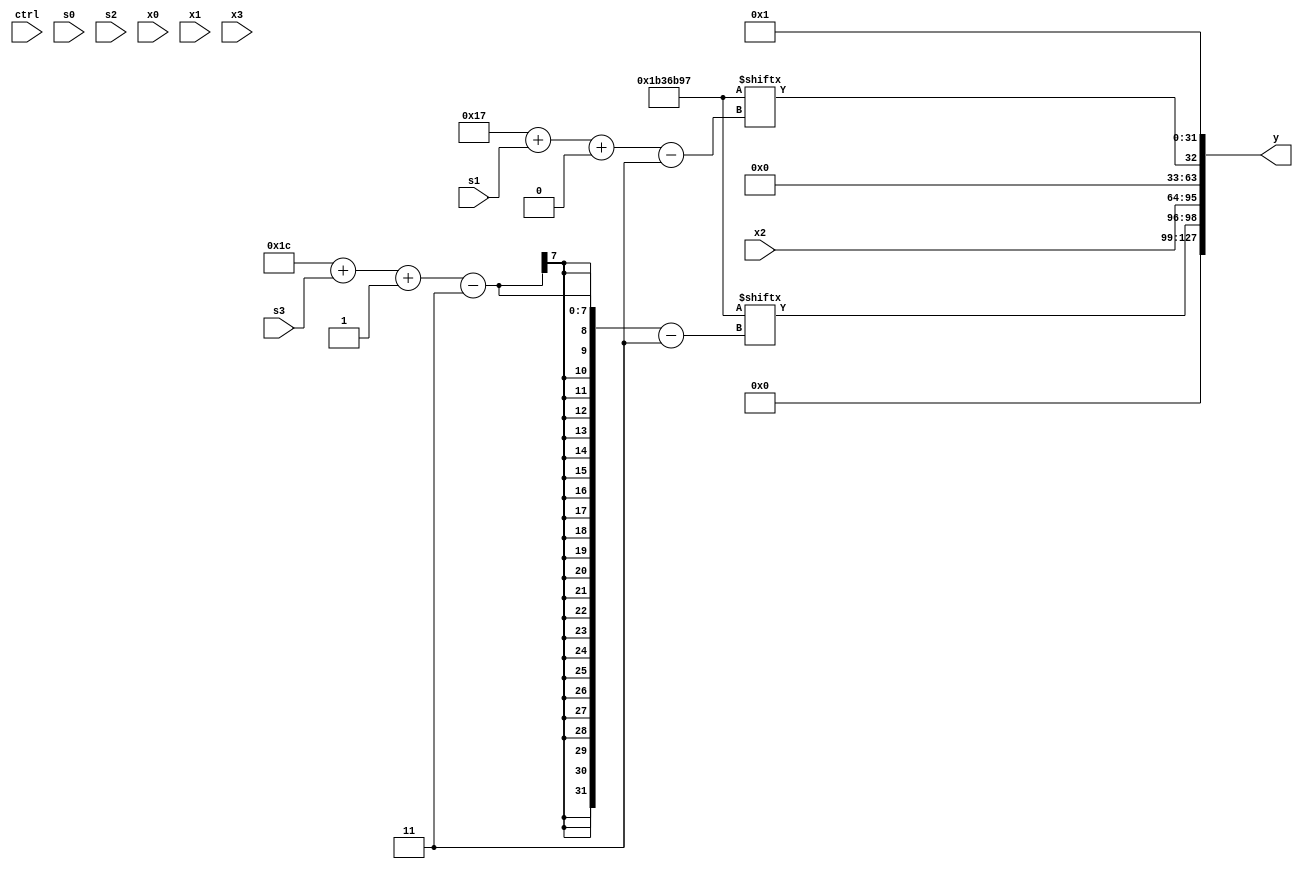
module partsel_00193(ctrl, s0, s1, s2, s3, x0, x1, x2, x3, y);
  input [3:0] ctrl;
  input [2:0] s0;
  input [2:0] s1;
  input [2:0] s2;
  input [2:0] s3;
  input [31:0] x0;
  input signed [31:0] x1;
  input [31:0] x2;
  input signed [31:0] x3;
  wire signed [31:4] x4;
  wire [2:24] x5;
  wire [1:25] x6;
  wire [24:3] x7;
  wire [3:25] x8;
  wire signed [5:30] x9;
  wire [5:29] x10;
  wire signed [26:4] x11;
  wire signed [4:27] x12;
  wire [2:29] x13;
  wire signed [28:7] x14;
  wire [6:31] x15;
  output [127:0] y;
  wire signed [31:0] y0;
  wire [31:0] y1;
  wire signed [31:0] y2;
  wire [31:0] y3;
  assign y = {y0,y1,y2,y3};
  localparam signed [28:3] p0 = 162753431;
  localparam signed [4:30] p1 = 797084635;
  localparam [4:29] p2 = 618876987;
  localparam [6:27] p3 = 699995707;
  assign x4 = ({2{x2[20 + s0 +: 8]}} ^ ({2{p1[26 + s1 +: 7]}} ^ p3[5 + s3]));
  assign x5 = {2{x0[11 + s3]}};
  assign x6 = ((({2{{2{x0[9 + s3 +: 1]}}}} - ({x0, x3[16 + s0 +: 3]} & x5)) - x4[18]) + (p0[10 + s1] - x4[29 + s2 +: 5]));
  assign x7 = x0[13 +: 3];
  assign x8 = p1[17 -: 4];
  assign x9 = ((p1[8] + {2{{2{p2}}}}) + {2{({2{{(x2 & p2[9 +: 1]), ((p3[10 +: 2] + ((x0[9] | x4[11 + s1 +: 2]) - (p3[13 +: 1] + p3))) + x6[7 + s2])}}} + (!ctrl[1] && !ctrl[2] || !ctrl[3] ? x1[15 +: 1] : (x5 ^ ((x3[16 +: 1] ^ x8[4 + s2 -: 4]) - x3[26 + s1 +: 1]))))}});
  assign x10 = (x3 - x4);
  assign x11 = {x2[8 +: 1], (!ctrl[0] || !ctrl[2] && ctrl[0] ? ({{x6[28 + s3 +: 8], p0}, x7} - {{2{p3[14 + s3]}}, {p1[20 -: 2], x3[26 + s3 +: 4]}}) : (x9[20 -: 3] ^ x7[27 + s0 +: 1]))};
  assign x12 = ((ctrl[2] || ctrl[0] || ctrl[1] ? (!ctrl[3] && !ctrl[2] || ctrl[3] ? ((p2 - (x11[28 + s2 -: 5] + (x5 - p3[18 +: 1]))) ^ p2[17 +: 2]) : p3) : {2{{2{{(p1 | p1[13]), p1[9 +: 4]}}}}}) | x3);
  assign x13 = p0[9 + s3];
  assign x14 = x0;
  assign x15 = x2[17 -: 3];
  assign y0 = p0[28 + s3 -: 3];
  assign y1 = x2;
  assign y2 = p0[23 + s1 +: 1];
  assign y3 = p3[8];
endmodule